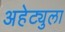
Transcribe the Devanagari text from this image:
अहेट्युला